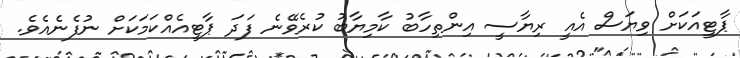
ޕާޓީއަކަށް ވިޔަސް އެއީ ރިޔާސީ އިންތިހާބު ކާމިޔާބު ކުރެވޭނެ ފަދަ ޕާޓީއެއްކަމަކަށް ނުފެނެއެވެ.